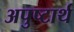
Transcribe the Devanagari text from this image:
अपुष्टार्थ